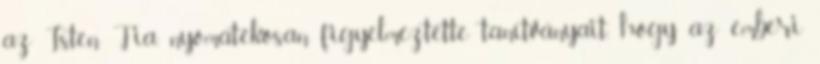
az Isten Fia, nyomatékosan figyelmeztette tanítványait, hogy az emberi